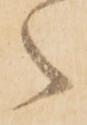
之